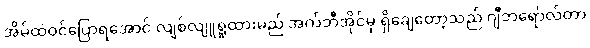
အိမ်ထဲဝင်ပြောရအောင် လျစ်လျူရှုထားမည် အက်ဘီအိုင်မှ ရှိချေတော့သည် ဂျီဘရော်လ်တာ